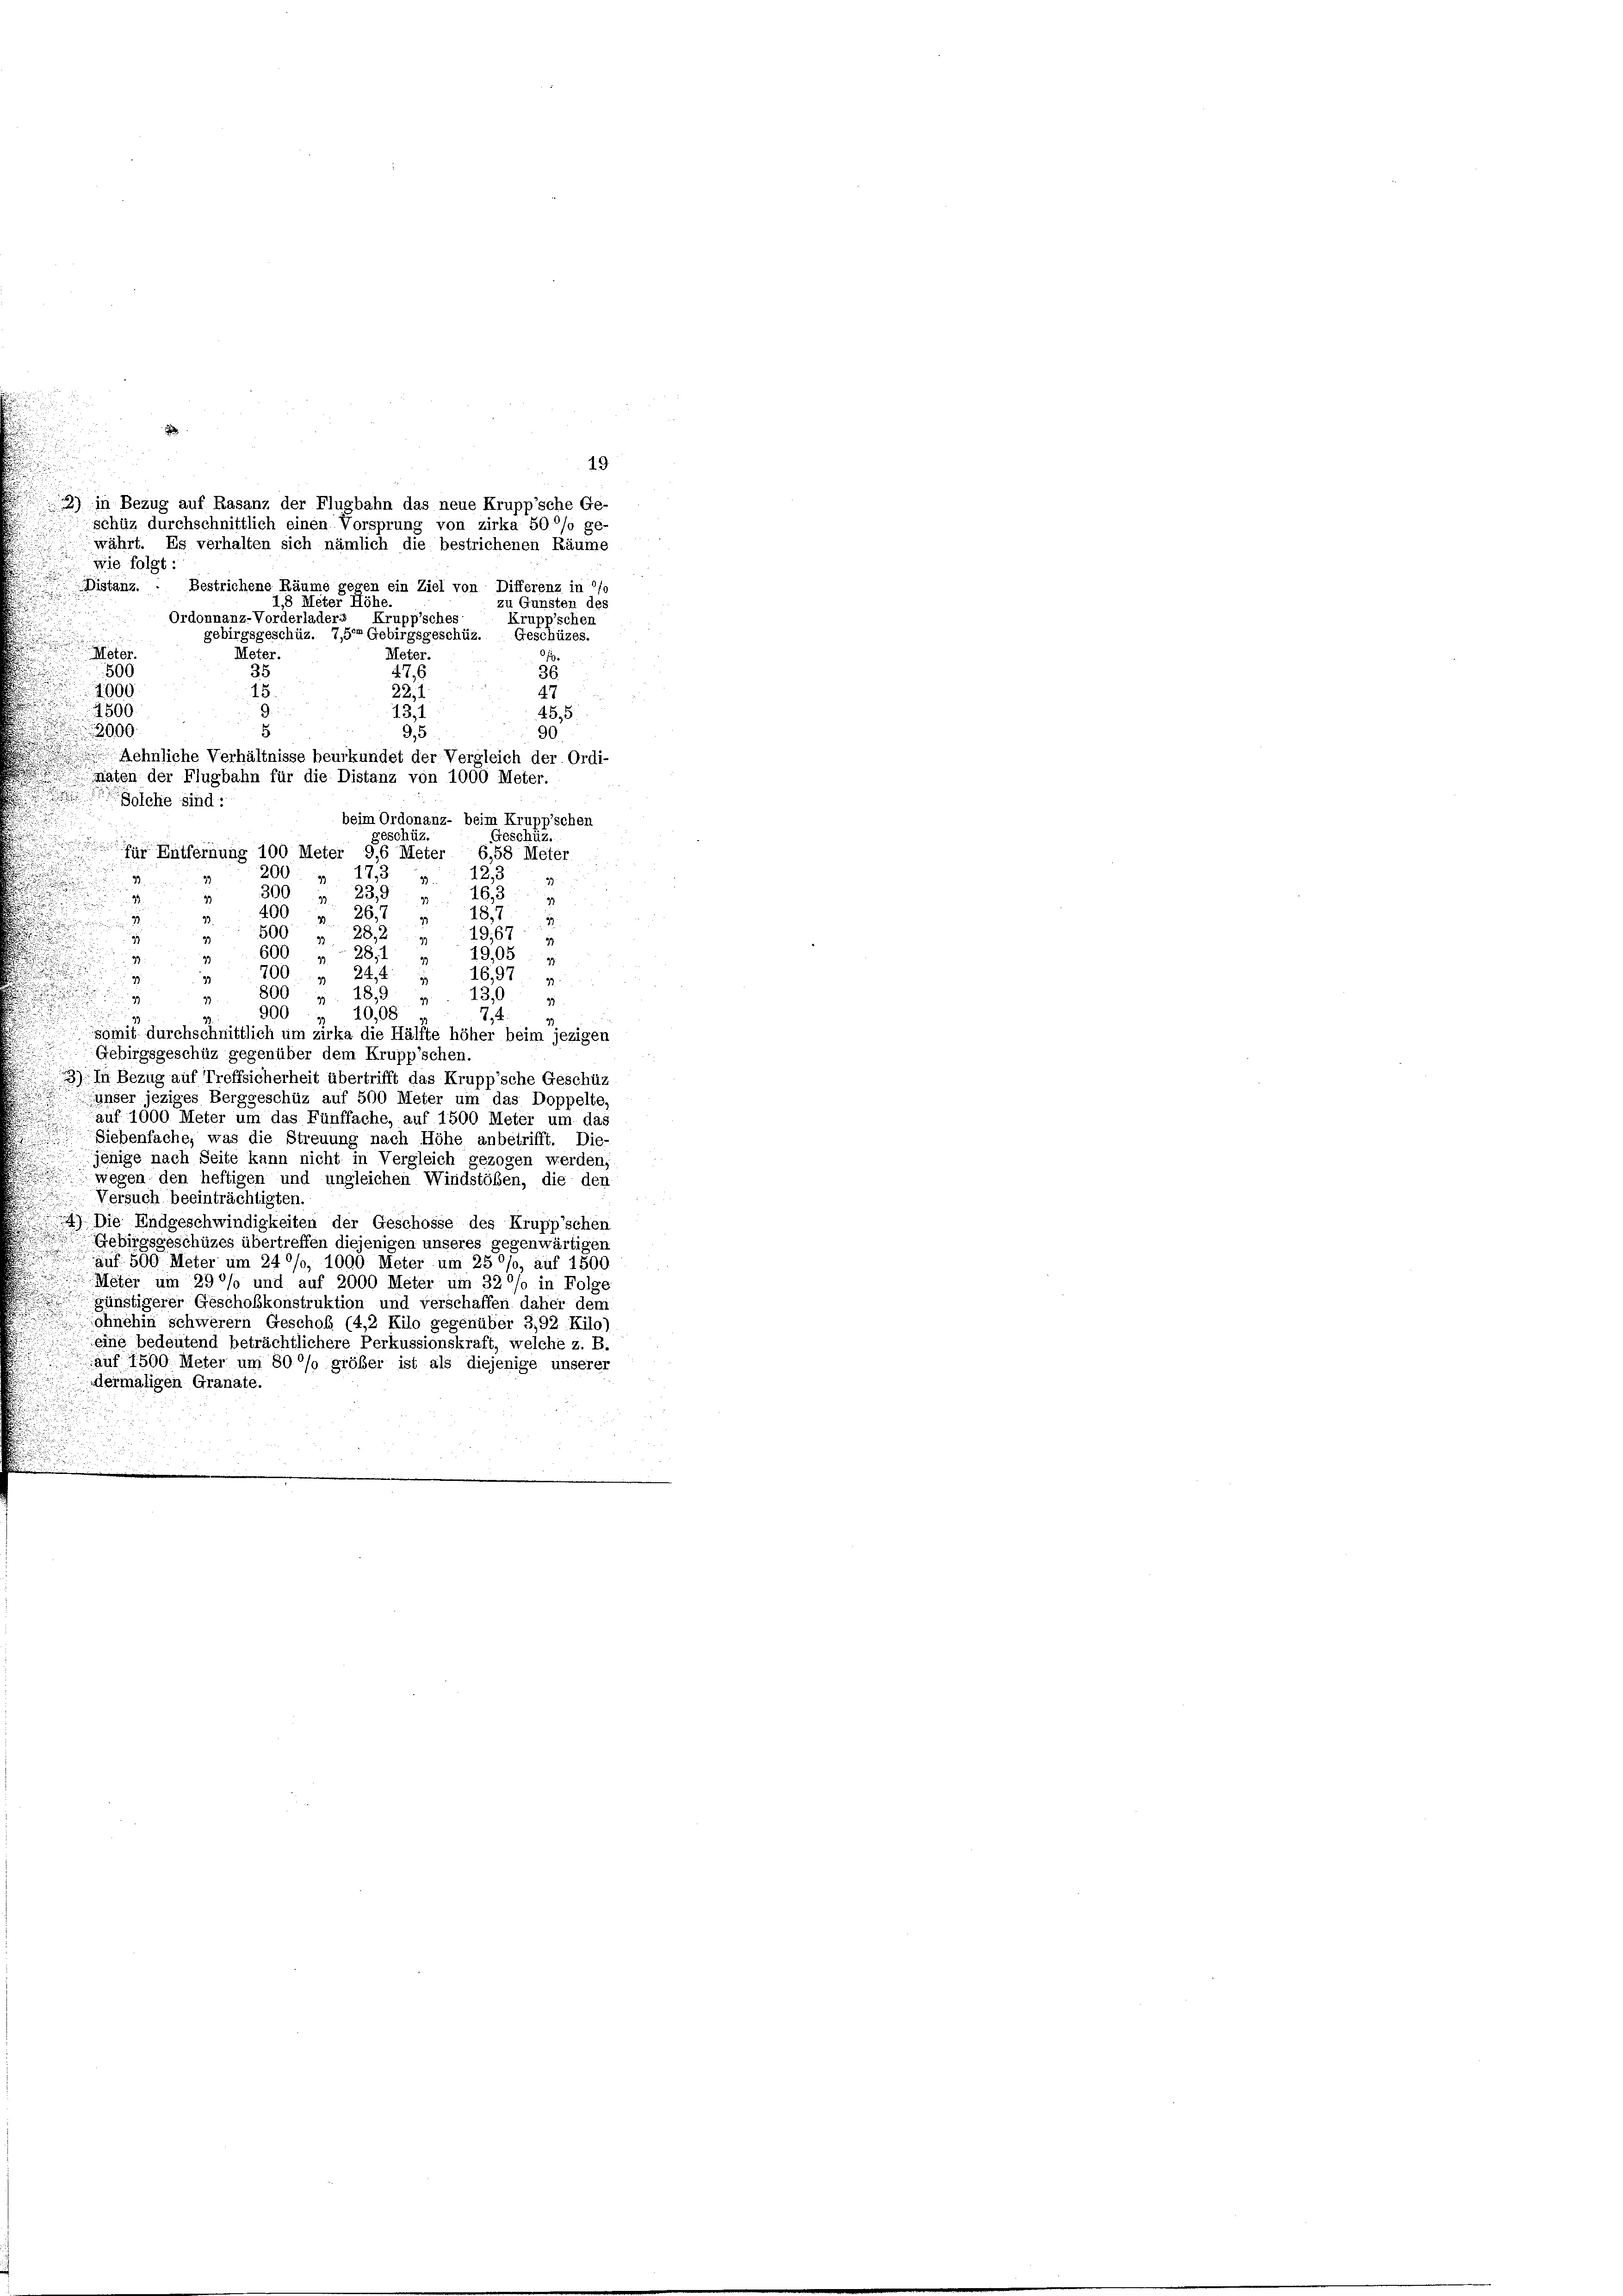
lche sind:

19
2) in Bezug auf Rasanz der Flugbahn das neue Krupp’sche Ge-
schüz durchschnittlich einen V
von zirka 50% ge-
15)
währt. Es verhalten sich nämlich die bestrichenen Räume
wie folgt:
Bestrichene Räume gegen ein Ziel von Differenz in 0/
Distanz.
1,8 Meter Höhe.
zu Gunsten des
Ordonnanz-Vorderladers Krupp’sches
Krüpp’schen
gebirgsgeschüz. 7,5 Gebirgsgeschüz. Geschüzes.
Meter.
Meter.
Meter.
35
36
47. 6
500
.
4000
15.
47
22, 1
u
9
2500
13,1
45,5
2000.
5.
90.
9,5
Aehnliche Verhältnisse beurkundet der Vergleich der Ordi-
Mäten der Flugbahn für die Distanz von 1000 Meter.
beim Ordonanz- beim Krupp’schen
Geschüz.
Schüz.
für Entfernung 100 Meter 9,6 Meter 6,58 Meter
u
12,3
200: „ 175
33
u
S.
.
300 u. 239 "  163
. 1.

400 " 26.
33.
1872
 9
19,674
800    287
600    28, 1
19,05
700. 244  16,97. v.
800 p. 18,9 ». . 130 u
97
900
10,08
74
somit durchschnittlich um zirka die Hälfte höher beim jezigen
Gebirgsgeschüz gegenüber dem Krupp’schen.
3) In Bezug auf Treffsicherheit übertrifft das Krupp’sche Geschüz
unser jeziges Berggeschüz auf 500 Meter um das Doppelte
auf 1000 Meter um das Fünffache, auf 1500 Meter um das
Siebenfache, was die Streuung nach Höhe anbetrifft. Die-
jenige nach Seite kann nicht in Vergleich gezogen werden,
wegen den heftigen und ungleichen Windstößen, die den
Versuch beeinträchtigten.

4) Die Endgeschwindigkeiten der Geschosse des Krupp’schen
Gebirgsgeschüzes übertreffen diejenigen unseres gegenwärtigen
auf 500 Meter um 24 °/o, 1000 Meter um 25 °/o, auf 1500.
Meter um 290% und auf 2000 Meter um 32 °/o in Folge
günstigerer Geschoßkonstruktion und verschaffen daher dem
 ohnehin schwerem Geschof (4,2 Kilo gegenüber 3,92 Kilo)
eine bedeutend beträchtlichere Perkussionskraft, welche z. B.
.
auf 1500 Meter um 80% gröber ist als diejenige unserer
dermaligen Granate.